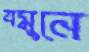
যমুনে